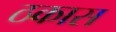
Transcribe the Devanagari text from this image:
ठकास